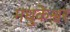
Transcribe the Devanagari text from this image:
मधुकेश्वर